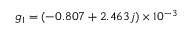
g _ { 1 } = ( - 0 . 8 0 7 + 2 . 4 6 3 j ) \times 1 0 ^ { - 3 }